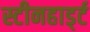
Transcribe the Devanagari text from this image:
स्टीनहार्ड्ट